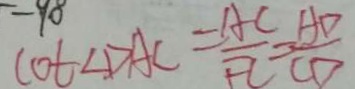
\cot \angle D A C = \frac { A C } { F C } = \frac { A D } { C D }